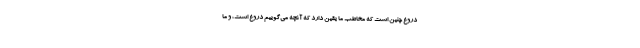
دروغ چنین است که مخاطب ما یقین دارد که آنچه می‌گوییم دروغ است، و ما